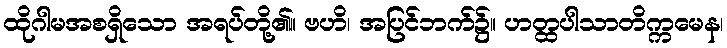
ထိုဂါမအစရှိသော အရပ်တို့၏။ ဗဟိ၊ အပြင်ဘက်၌။ ဟတ္ထပါသာတိက္ကမေန၊